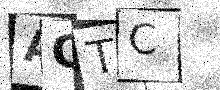
Text: AQTC